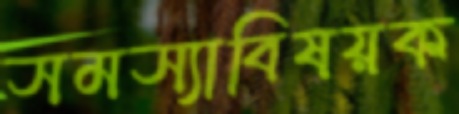
সমস্যাবিষয়ক